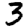
Digit: 3